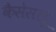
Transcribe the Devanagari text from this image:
कैसेसलू